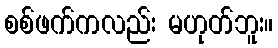
စစ်ဖက်ကလည်း မဟုတ်ဘူး။